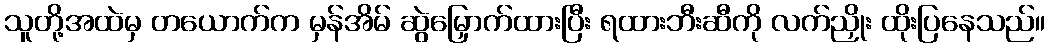
သူတို့အထဲမှ တယောက်က မှန်အိမ် ဆွဲမြှောက်ထားပြီး ရထားဘီးဆီကို လက်ညှိုး ထိုးပြနေသည်။